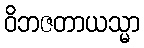
ဝိဘဇတာယသ္မာ